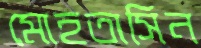
মোহতাসিন